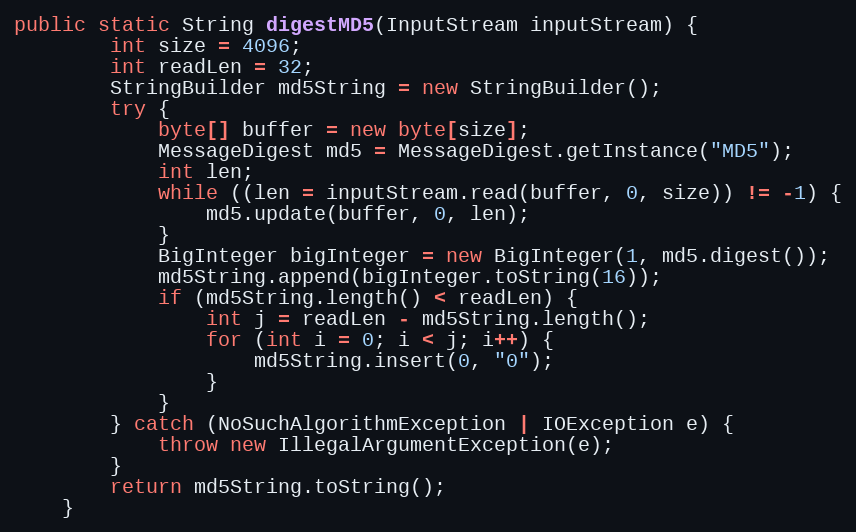
Language: Java
public static String digestMD5(InputStream inputStream) {
        int size = 4096;
        int readLen = 32;
        StringBuilder md5String = new StringBuilder();
        try {
            byte[] buffer = new byte[size];
            MessageDigest md5 = MessageDigest.getInstance("MD5");
            int len;
            while ((len = inputStream.read(buffer, 0, size)) != -1) {
                md5.update(buffer, 0, len);
            }
            BigInteger bigInteger = new BigInteger(1, md5.digest());
            md5String.append(bigInteger.toString(16));
            if (md5String.length() < readLen) {
                int j = readLen - md5String.length();
                for (int i = 0; i < j; i++) {
                    md5String.insert(0, "0");
                }
            }
        } catch (NoSuchAlgorithmException | IOException e) {
            throw new IllegalArgumentException(e);
        }
        return md5String.toString();
    }